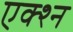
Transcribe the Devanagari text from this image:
एक्श्‍न